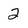
Character: 2